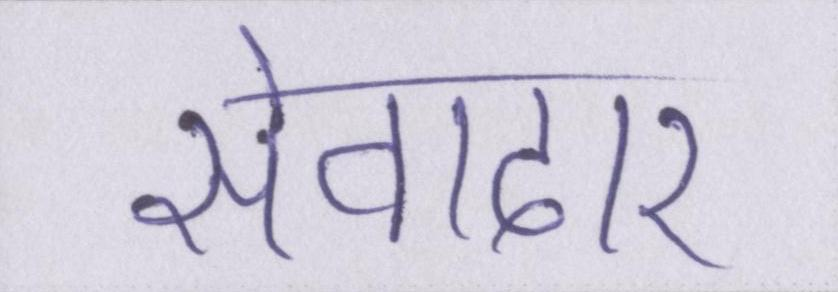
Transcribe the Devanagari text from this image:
सेवादार